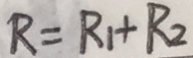
R = R _ { 1 } + R _ { 2 }